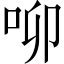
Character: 𠰭